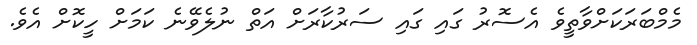
މެމްބަރަކަށްވާތީވެ އެސޮރު ގައި ގައި ސަރުކާރަށް އަތް ނުލެވޭނެ ކަމަށް ހީކޮށް އެވެ.